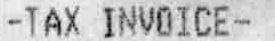
-TAX INVOICE-